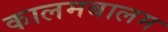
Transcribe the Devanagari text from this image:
कालमबालम